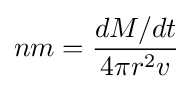
nm={\frac {dM/dt}{4\pi r^{2}v}}